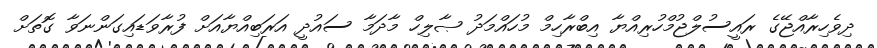
ދިވެހިރާއްޖޭގެ ރައީސުލްޖުމްހުރިއްޔާ އިބްރާހިމް މުހައްމަދު ޞާލިހް މާދަމާ ސައުދީ އަރަބިއްޔާއަށް ފުރާވަޑައިގަންނަވާ ގޮތަށް